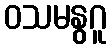
ဝသမနွဂူ